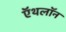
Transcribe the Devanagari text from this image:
ऍथलॉन